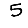
Digit: 5